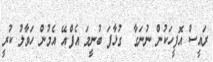
ރައީސް އޮފީހަކުން ނުނަގާ  ގުޅާފަ ބުނީމަ އެފް.އޭ އެމުން ހަވާލު ކުރީ